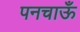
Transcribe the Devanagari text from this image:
पनचाऊँ